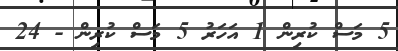
5 މަސް ކުރިން 1 އަހަރު 5 މަސް ކުރިން - 24